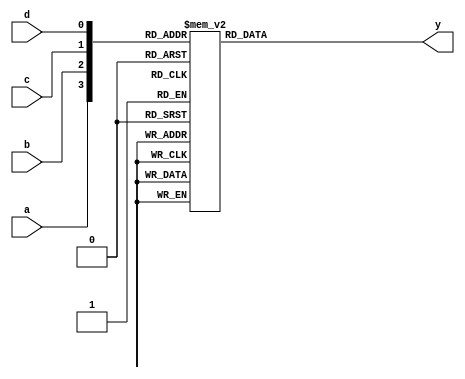
module ap_com_4_index_0(
	input wire a,
	input wire b,
	input wire c,
	input wire d,
	output reg y
);

always @(*) begin
	case({a, b, c, d})
		4'b0000: y = 0;
		4'b0001: y = 0;
		4'b0010: y = 0;
		4'b0011: y = 1;
		4'b0100: y = 0;
		4'b0101: y = 1;
		4'b0110: y = 1;
		4'b0111: y = 1;
		4'b1000: y = 0;
		4'b1001: y = 1;
		4'b1010: y = 1;
		4'b1011: y = 1;
		4'b1100: y = 0;
		4'b1101: y = 1;
		4'b1110: y = 1;
		4'b1111: y = 1;
		default:;
	endcase
end

endmodule


module ap_com_4_index_1(
	input wire a,
	input wire b,
	input wire c,
	input wire d,
	output reg y
);

always @(*) begin
	case({a, b, c, d})
		4'b0000: y = 0;
		4'b0001: y = 1;
		4'b0010: y = 1;
		4'b0011: y = 1;
		4'b0100: y = 1;
		4'b0101: y = 1;
		4'b0110: y = 1;
		4'b0111: y = 1;
		4'b1000: y = 0;
		4'b1001: y = 1;
		4'b1010: y = 1;
		4'b1011: y = 1;
		4'b1100: y = 1;
		4'b1101: y = 1;
		4'b1110: y = 1;
		4'b1111: y = 1;
		default:;
	endcase
end

endmodule


module ap_com_2_index_2(
	input wire a,
	input wire b,
	output reg y
);

always @(*) begin
	case({a, b})
		2'b00: y = 1;
		2'b01: y = 1;
		2'b10: y = 1;
		2'b11: y = 0;
		default:;
	endcase
end

endmodule


module ap_com_4_index_3(
	input wire a,
	input wire b,
	input wire c,
	input wire d,
	output reg y
);

always @(*) begin
	case({a, b, c, d})
		4'b0000: y = 1;
		4'b0001: y = 0;
		4'b0010: y = 1;
		4'b0011: y = 0;
		4'b0100: y = 1;
		4'b0101: y = 0;
		4'b0110: y = 1;
		4'b0111: y = 0;
		4'b1000: y = 0;
		4'b1001: y = 0;
		4'b1010: y = 0;
		4'b1011: y = 0;
		4'b1100: y = 0;
		4'b1101: y = 0;
		4'b1110: y = 0;
		4'b1111: y = 0;
		default:;
	endcase
end

endmodule


module ap_com_4_index_4(
	input wire a,
	input wire b,
	input wire c,
	input wire d,
	output reg y
);

always @(*) begin
	case({a, b, c, d})
		4'b0000: y = 1;
		4'b0001: y = 1;
		4'b0010: y = 1;
		4'b0011: y = 1;
		4'b0100: y = 1;
		4'b0101: y = 1;
		4'b0110: y = 0;
		4'b0111: y = 0;
		4'b1000: y = 1;
		4'b1001: y = 1;
		4'b1010: y = 0;
		4'b1011: y = 0;
		4'b1100: y = 1;
		4'b1101: y = 1;
		4'b1110: y = 0;
		4'b1111: y = 0;
		default:;
	endcase
end

endmodule


module ap_com_4_index_5(
	input wire a,
	input wire b,
	input wire c,
	input wire d,
	output reg y
);

always @(*) begin
	case({a, b, c, d})
		4'b0000: y = 0;
		4'b0001: y = 0;
		4'b0010: y = 1;
		4'b0011: y = 1;
		4'b0100: y = 0;
		4'b0101: y = 1;
		4'b0110: y = 0;
		4'b0111: y = 1;
		4'b1000: y = 1;
		4'b1001: y = 1;
		4'b1010: y = 1;
		4'b1011: y = 1;
		4'b1100: y = 1;
		4'b1101: y = 1;
		4'b1110: y = 1;
		4'b1111: y = 1;
		default:;
	endcase
end

endmodule


module ap_com_3_index_6(
	input wire a,
	input wire b,
	input wire c,
	output reg y
);

always @(*) begin
	case({a, b, c})
		3'b000: y = 1;
		3'b001: y = 1;
		3'b010: y = 1;
		3'b011: y = 1;
		3'b100: y = 1;
		3'b101: y = 1;
		3'b110: y = 1;
		3'b111: y = 1;
		default:;
	endcase
end

endmodule


module ap_com_4_index_7(
	input wire a,
	input wire b,
	input wire c,
	input wire d,
	output reg y
);

always @(*) begin
	case({a, b, c, d})
		4'b0000: y = 1;
		4'b0001: y = 1;
		4'b0010: y = 1;
		4'b0011: y = 1;
		4'b0100: y = 1;
		4'b0101: y = 1;
		4'b0110: y = 1;
		4'b0111: y = 1;
		4'b1000: y = 1;
		4'b1001: y = 0;
		4'b1010: y = 1;
		4'b1011: y = 0;
		4'b1100: y = 0;
		4'b1101: y = 0;
		4'b1110: y = 0;
		4'b1111: y = 0;
		default:;
	endcase
end

endmodule


module ap_com_2_index_8(
	input wire a,
	input wire b,
	output reg y
);

always @(*) begin
	case({a, b})
		2'b00: y = 1;
		2'b01: y = 1;
		2'b10: y = 1;
		2'b11: y = 1;
		default:;
	endcase
end

endmodule


module ap_com_4_index_9(
	input wire a,
	input wire b,
	input wire c,
	input wire d,
	output reg y
);

always @(*) begin
	case({a, b, c, d})
		4'b0000: y = 1;
		4'b0001: y = 1;
		4'b0010: y = 1;
		4'b0011: y = 1;
		4'b0100: y = 1;
		4'b0101: y = 0;
		4'b0110: y = 1;
		4'b0111: y = 0;
		4'b1000: y = 0;
		4'b1001: y = 0;
		4'b1010: y = 0;
		4'b1011: y = 0;
		4'b1100: y = 0;
		4'b1101: y = 0;
		4'b1110: y = 0;
		4'b1111: y = 0;
		default:;
	endcase
end

endmodule


module ap_com_4_index_10(
	input wire a,
	input wire b,
	input wire c,
	input wire d,
	output reg y
);

always @(*) begin
	case({a, b, c, d})
		4'b0000: y = 0;
		4'b0001: y = 0;
		4'b0010: y = 0;
		4'b0011: y = 0;
		4'b0100: y = 1;
		4'b0101: y = 0;
		4'b0110: y = 1;
		4'b0111: y = 1;
		4'b1000: y = 1;
		4'b1001: y = 0;
		4'b1010: y = 1;
		4'b1011: y = 1;
		4'b1100: y = 1;
		4'b1101: y = 0;
		4'b1110: y = 1;
		4'b1111: y = 1;
		default:;
	endcase
end

endmodule


module ap_com_3_index_11(
	input wire a,
	input wire b,
	input wire c,
	output reg y
);

always @(*) begin
	case({a, b, c})
		3'b000: y = 0;
		3'b001: y = 0;
		3'b010: y = 0;
		3'b011: y = 0;
		3'b100: y = 1;
		3'b101: y = 1;
		3'b110: y = 1;
		3'b111: y = 1;
		default:;
	endcase
end

endmodule


module ap_com_2_index_12(
	input wire a,
	input wire b,
	output reg y
);

always @(*) begin
	case({a, b})
		2'b00: y = 0;
		2'b01: y = 0;
		2'b10: y = 0;
		2'b11: y = 0;
		default:;
	endcase
end

endmodule


module ap_com_2_index_13(
	input wire a,
	input wire b,
	output reg y
);

always @(*) begin
	case({a, b})
		2'b00: y = 1;
		2'b01: y = 0;
		2'b10: y = 0;
		2'b11: y = 1;
		default:;
	endcase
end

endmodule


module ap_com_2_index_14(
	input wire a,
	input wire b,
	output reg y
);

always @(*) begin
	case({a, b})
		2'b00: y = 0;
		2'b01: y = 1;
		2'b10: y = 0;
		2'b11: y = 1;
		default:;
	endcase
end

endmodule


module ap_com_2_index_15(
	input wire a,
	input wire b,
	output reg y
);

always @(*) begin
	case({a, b})
		2'b00: y = 0;
		2'b01: y = 0;
		2'b10: y = 0;
		2'b11: y = 0;
		default:;
	endcase
end

endmodule


module ap_com_2_index_16(
	input wire a,
	input wire b,
	output reg y
);

always @(*) begin
	case({a, b})
		2'b00: y = 0;
		2'b01: y = 0;
		2'b10: y = 1;
		2'b11: y = 1;
		default:;
	endcase
end

endmodule